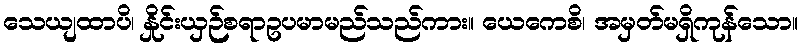
သေယျထာပိ၊ နှိုင်းယှဉ်စရာဥပမာမည်သည်ကား။ ယေကေစိ၊ အမှတ်မရှိကုန်သော။